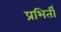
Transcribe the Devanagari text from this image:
प्रभिर्ती